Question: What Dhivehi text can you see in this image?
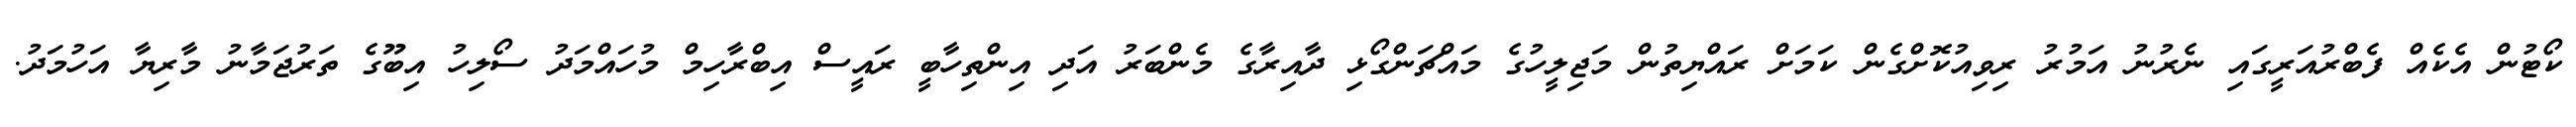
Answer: ކޯޓުން އެކެއް ފެބްރުއަރީގައި ނެރުނު އަމުރު ރިވިއުކޮށްގެން ކަމަށް ރައްޔިތުން މަޖިލީހުގެ މައްޗަންގޯޅި ދާއިރާގެ މެންބަރު އަދި އިންތިހާބީ ރައީސް އިބްރާހިމް މުހައްމަދު ސޯލިހު އިބޫގެ ތަރުޖަމާނު މާރިޔާ އަހުމަދު.